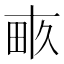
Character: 畞